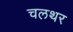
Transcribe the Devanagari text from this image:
चलथर